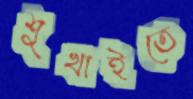
শুখাইতে